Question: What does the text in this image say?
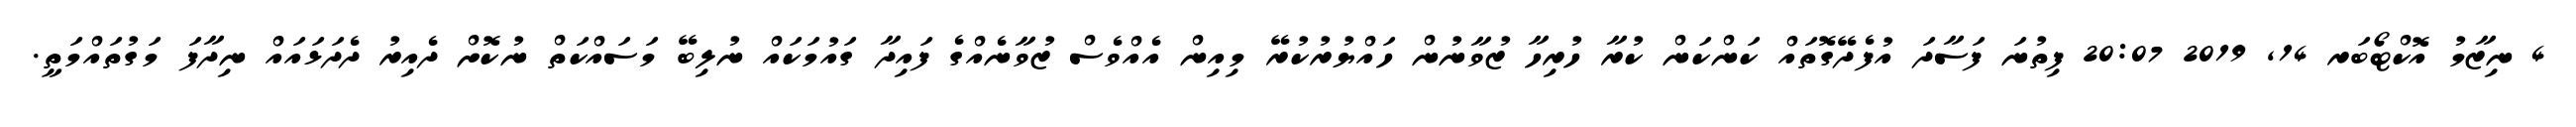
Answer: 4 ނިޒާމު އޮކްޓޯބަރ 14, 2019 20:07 ފިތުނަ ފަސާދަ އުފެދޭގޮތައް ކަންކަން ކުރާ ހުރިހާ ޒުވާނުން ހައްޔުރުކުރޭ މިއިން އެއްވެސް ޒުވާނެއްގެ ފައިދާ ގައުމަކައް ނުލިބޭ މަސައްކަތް ނުކޮށް ދެއިރު ދެދަޅައައް ނިދާފަ މަގުތައްމަތީ.